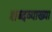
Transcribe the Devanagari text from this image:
शब्दव्याख्या